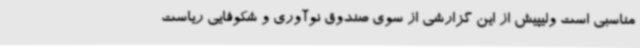
مناسبی است ولیپیش از این گزارشی از سوی صندوق نوآوری و شکوفایی ریاست